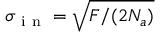
\sigma _ { \mathrm { ~ i ~ n ~ } } = \sqrt { F / ( 2 N _ { a } ) }